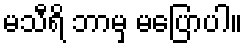
မသီရိ ဘာမှ မပြောပါ။